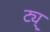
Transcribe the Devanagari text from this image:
ट्य्